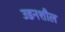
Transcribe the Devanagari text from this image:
उडनशील